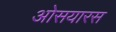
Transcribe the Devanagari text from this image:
ओसयारस